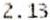
2.13